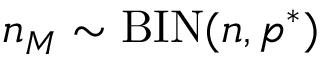
n _ { M } \sim \mathrm { B I N } ( n , p ^ { * } )